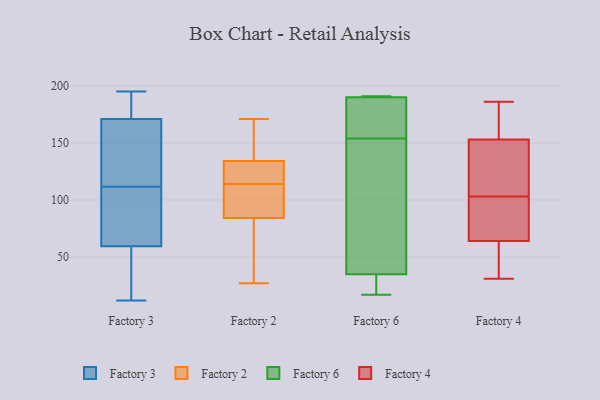
{"axis": {"x": "Customer Acquisition Cost (USD)", "y": "Value"}, "legend": ["Factory 2", "Factory 3", "Factory 4", "Factory 6"], "data": [{"x": "", "y": 168, "type": "Factory 3"}, {"x": "", "y": 119, "type": "Factory 3"}, {"x": "", "y": 174, "type": "Factory 3"}, {"x": "", "y": 36, "type": "Factory 3"}, {"x": "", "y": 33, "type": "Factory 3"}, {"x": "", "y": 93, "type": "Factory 3"}, {"x": "", "y": 12, "type": "Factory 3"}, {"x": "", "y": 152, "type": "Factory 3"}, {"x": "", "y": 79, "type": "Factory 3"}, {"x": "", "y": 181, "type": "Factory 3"}, {"x": "", "y": 104, "type": "Factory 3"}, {"x": "", "y": 195, "type": "Factory 3"}, {"x": "", "y": 40, "type": "Factory 3"}, {"x": "", "y": 120, "type": "Factory 3"}, {"x": "", "y": 180, "type": "Factory 3"}, {"x": "", "y": 104, "type": "Factory 3"}, {"x": "", "y": 142, "type": "Factory 2"}, {"x": "", "y": 32, "type": "Factory 2"}, {"x": "", "y": 136, "type": "Factory 2"}, {"x": "", "y": 136, "type": "Factory 2"}, {"x": "", "y": 108, "type": "Factory 2"}, {"x": "", "y": 123, "type": "Factory 2"}, {"x": "", "y": 132, "type": "Factory 2"}, {"x": "", "y": 102, "type": "Factory 2"}, {"x": "", "y": 85, "type": "Factory 2"}, {"x": "", "y": 125, "type": "Factory 2"}, {"x": "", "y": 80, "type": "Factory 2"}, {"x": "", "y": 123, "type": "Factory 2"}, {"x": "", "y": 171, "type": "Factory 2"}, {"x": "", "y": 114, "type": "Factory 2"}, {"x": "", "y": 135, "type": "Factory 2"}, {"x": "", "y": 52, "type": "Factory 2"}, {"x": "", "y": 84, "type": "Factory 2"}, {"x": "", "y": 27, "type": "Factory 2"}, {"x": "", "y": 114, "type": "Factory 2"}, {"x": "", "y": 69, "type": "Factory 6"}, {"x": "", "y": 17, "type": "Factory 6"}, {"x": "", "y": 159, "type": "Factory 6"}, {"x": "", "y": 30, "type": "Factory 6"}, {"x": "", "y": 190, "type": "Factory 6"}, {"x": "", "y": 149, "type": "Factory 6"}, {"x": "", "y": 191, "type": "Factory 6"}, {"x": "", "y": 191, "type": "Factory 6"}, {"x": "", "y": 176, "type": "Factory 6"}, {"x": "", "y": 35, "type": "Factory 6"}, {"x": "", "y": 56, "type": "Factory 4"}, {"x": "", "y": 87, "type": "Factory 4"}, {"x": "", "y": 31, "type": "Factory 4"}, {"x": "", "y": 186, "type": "Factory 4"}, {"x": "", "y": 128, "type": "Factory 4"}, {"x": "", "y": 153, "type": "Factory 4"}, {"x": "", "y": 64, "type": "Factory 4"}, {"x": "", "y": 101, "type": "Factory 4"}, {"x": "", "y": 50, "type": "Factory 4"}, {"x": "", "y": 166, "type": "Factory 4"}, {"x": "", "y": 156, "type": "Factory 4"}, {"x": "", "y": 162, "type": "Factory 4"}, {"x": "", "y": 72, "type": "Factory 4"}, {"x": "", "y": 105, "type": "Factory 4"}, {"x": "", "y": 54, "type": "Factory 4"}, {"x": "", "y": 125, "type": "Factory 4"}, {"x": "", "y": 90, "type": "Factory 4"}, {"x": "", "y": 146, "type": "Factory 4"}]}